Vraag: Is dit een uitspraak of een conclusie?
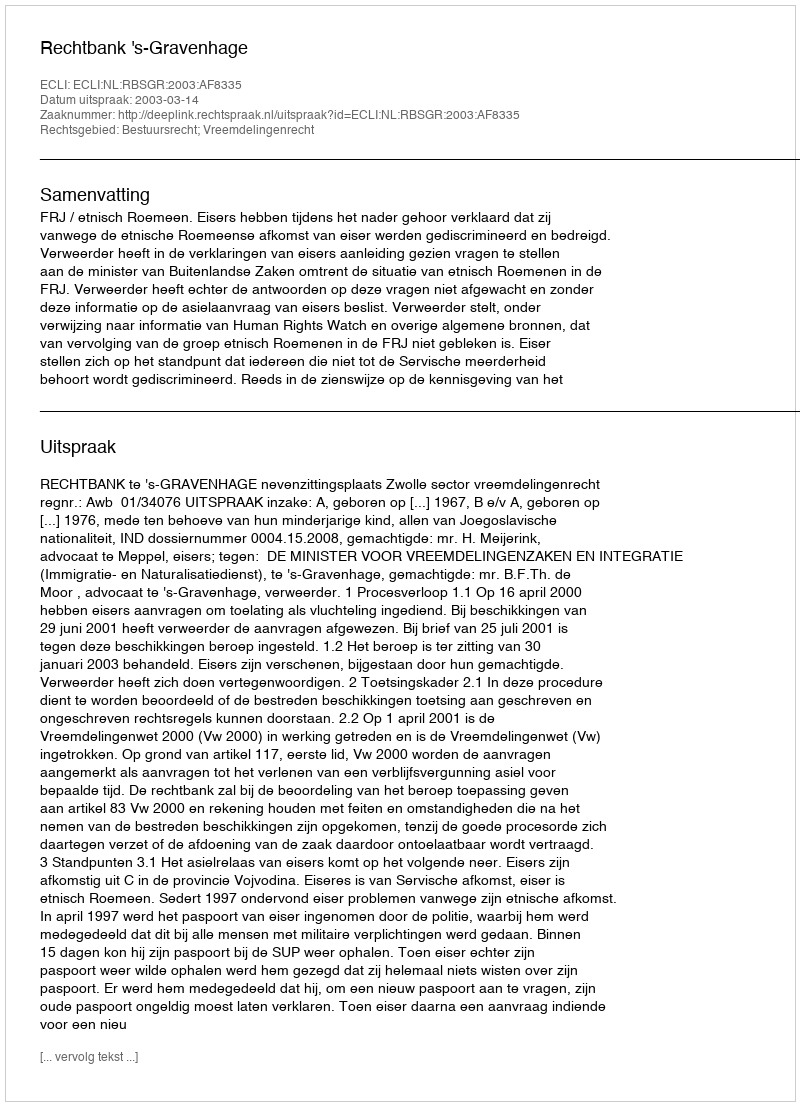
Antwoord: Uitspraak